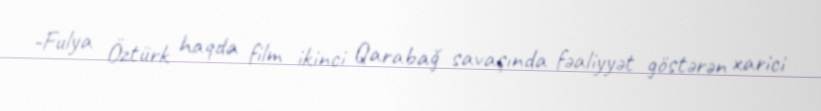
-Fulya Öztürk haqda film ikinci Qarabağ savaşında fəaliyyət göstərən xarici